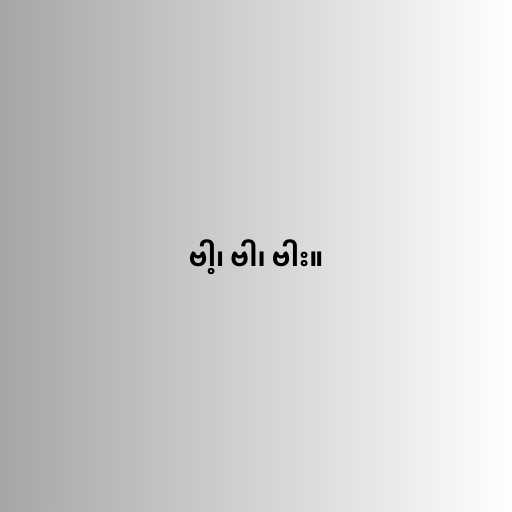
ဗါ့၊ ဗါ၊ ဗါး။